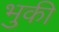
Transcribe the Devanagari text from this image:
भुकी